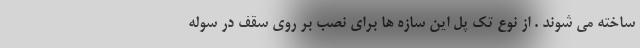
ساخته می شوند . از نوع تک پل این سازه ها برای نصب بر روی سقف در سوله